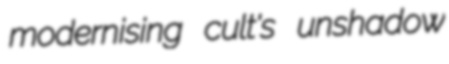
modernising cult's unshadow